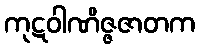
ကုဋဝါဏိဇ္ဇဇာတက